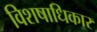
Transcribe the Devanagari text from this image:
विशषाधिकार